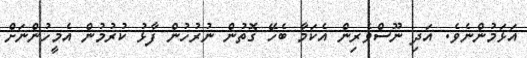
އަޅަމުންނެވެ. އަދި ނޫސްވެރިން އެކަމާ ބެހޭ ގޮތުން ނުރުހުން ފާޅު ކުރުމުން އެމީހުންނަށް